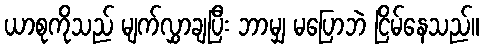
ယာစုကိုသည် မျက်လွှာချပြီး ဘာမျှ မပြောဘဲ ငြိမ်နေသည်။